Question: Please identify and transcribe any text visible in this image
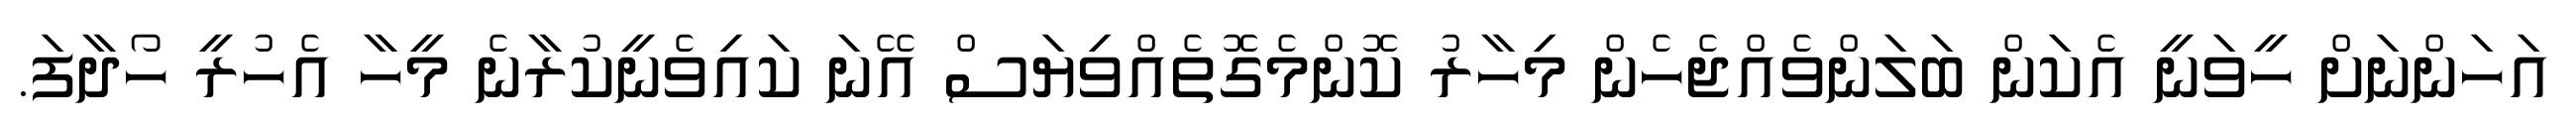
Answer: އަހަންނަށް ހީވަނީ އެކަން ބަލަންވެއްޖެހެން މިހާރު ކޮންމެގޮތެއްވިޔަސް އޭނަ ކައިވެނީކުރާނެ މީހާ އެހުރީ ހޯދާފަ.